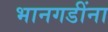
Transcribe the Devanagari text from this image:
भानगडींना